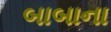
બાબાના